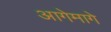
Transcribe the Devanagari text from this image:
आगेमागे